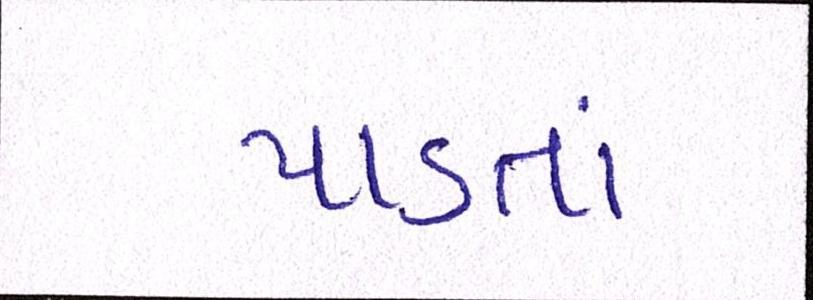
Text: પાડતાં